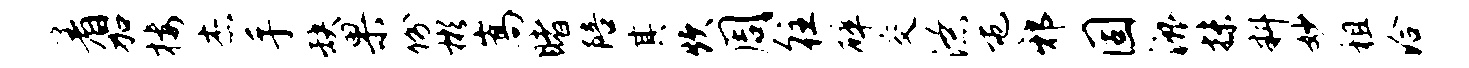
着加楼杰手缺果份彬嵩睹陪其炊周往碎交潦屯邪固漉抹料妙租洽